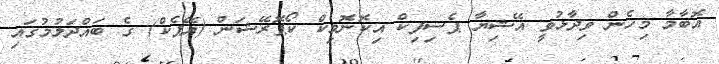
އޮބާމާ މިހެން ވިދާޅުވީ އޭޝިޔާ ޕެސިފިކް އިކޮނޮމިކް ކޯޕޮރޭޝަން (އޭޕެކް) ގެ ބައްދަލުމުގައި